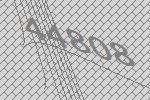
44808